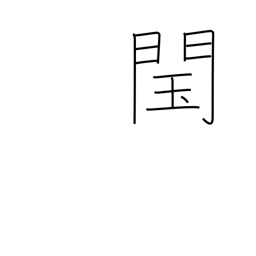
Meaning: illegitimate throne